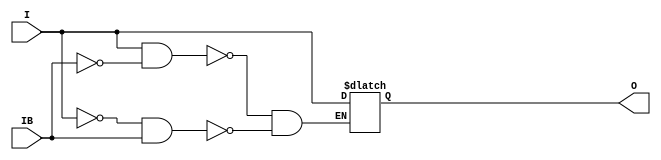
// $Header: /devl/xcs/repo/env/Databases/CAEInterfaces/verunilibs/data/unisims/IBUFGDS_LVDSEXT_25.v,v 1.6 2007/05/23 21:43:34 patrickp Exp $
///////////////////////////////////////////////////////////////////////////////
// Copyright (c) 1995/2004 Xilinx, Inc.
// All Right Reserved.
///////////////////////////////////////////////////////////////////////////////
//   ____  ____
//  /   /\/   /
// /___/  \  /    Vendor : Xilinx
// \   \   \/     Version : 10.1
//  \   \         Description : Xilinx Functional Simulation Library Component
//  /   /                  Differential Signaling Input Clock Buffer with LVDSEXT_25 I/O Standard
// /___/   /\     Filename : IBUFGDS_LVDSEXT_25.v
// \   \  /  \    Timestamp : Thu Mar 25 16:42:25 PST 2004
//  \___\/\___\
//
// Revision:
//    03/23/04 - Initial version.
//    05/23/07 - Changed timescale to 1 ps / 1 ps.

`timescale  1 ps / 1 ps


module IBUFGDS_LVDSEXT_25 (O, I, IB);

    output O;

    input  I, IB;

    reg o_out;

    buf b_0 (O, o_out);

    always @(I or IB) begin
	if (I == 1'b1 && IB == 1'b0)
	    o_out <= I;
	else if (I == 1'b0 && IB == 1'b1)
	    o_out <= I;
    end


endmodule